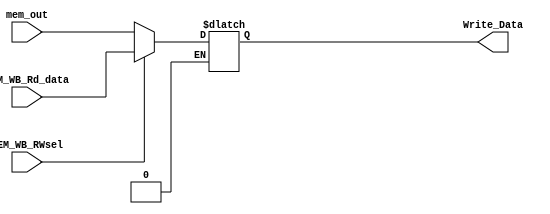
module pretty_mux(
    input wire [31:0] mem_out,          
    input wire [31:0] MEM_WB_Rd_data,   
    input wire MEM_WB_RWsel,            
    output reg [31:0] Write_Data       
);

    always @(*) begin
        if (MEM_WB_RWsel == 1'b0) begin
            Write_Data = mem_out;       
        end else if (MEM_WB_RWsel == 1'b1) begin
            Write_Data = MEM_WB_Rd_data;
        end
    end

endmodule